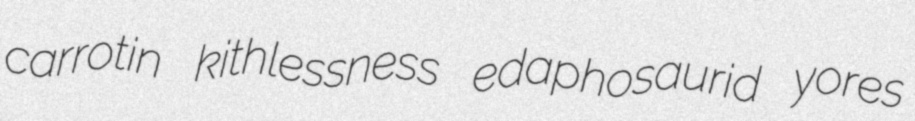
carrotin kithlessness edaphosaurid yores